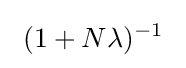
\ (1+N\lambda )^{-1}\